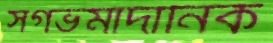
সগর্ভমাদানিক